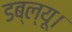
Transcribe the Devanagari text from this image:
डब्ल्यू।